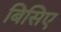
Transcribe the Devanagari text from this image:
बिसिए